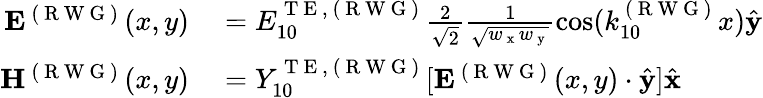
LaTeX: \begin{array}{rl}{\mathbf{E}^{\mathrm{~(~R~W~G~)~}}(x,y)}&{{}=E_{10}^{\mathrm{~T~E~},\mathrm{~(~R~W~G~)~}}\frac{2}{\sqrt{2}}\frac{1}{\sqrt{w_{\mathrm{~x~}}w_{\mathrm{~y~}}}}\cos(k_{10}^{\mathrm{~(~R~W~G~)~}}x)\hat{\mathbf{y}}}\\ {\mathbf{H}^{\mathrm{~(~R~W~G~)~}}(x,y)}&{{}=Y_{10}^{\mathrm{~T~E~},\mathrm{~(~R~W~G~)~}}[\mathbf{E}^{\mathrm{~(~R~W~G~)~}}(x,y)\cdot\hat{\mathbf{y}}]\hat{\mathbf{x}}}\end{array}